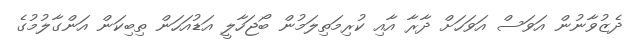
ދެޒުވާނުން އަވަސް އަވަހަށް ދާރާ އާއި ކުރިމަތިލަމުން ބޯޖަހާލީ އަޑުއަހަން ތިބިކަން އަންގާލުމުގެ